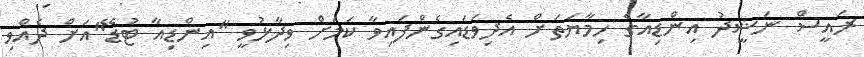
ރައީސް ނަޝީދު އިންޑިއާގެ ހިމާޔަތަށް އެދިވަޑައިގެންފައިވާ ކަމަށް ވިދާޅުވީ "އިންޑިއާ ޓުޑޭ"އަށް ދެއްވި